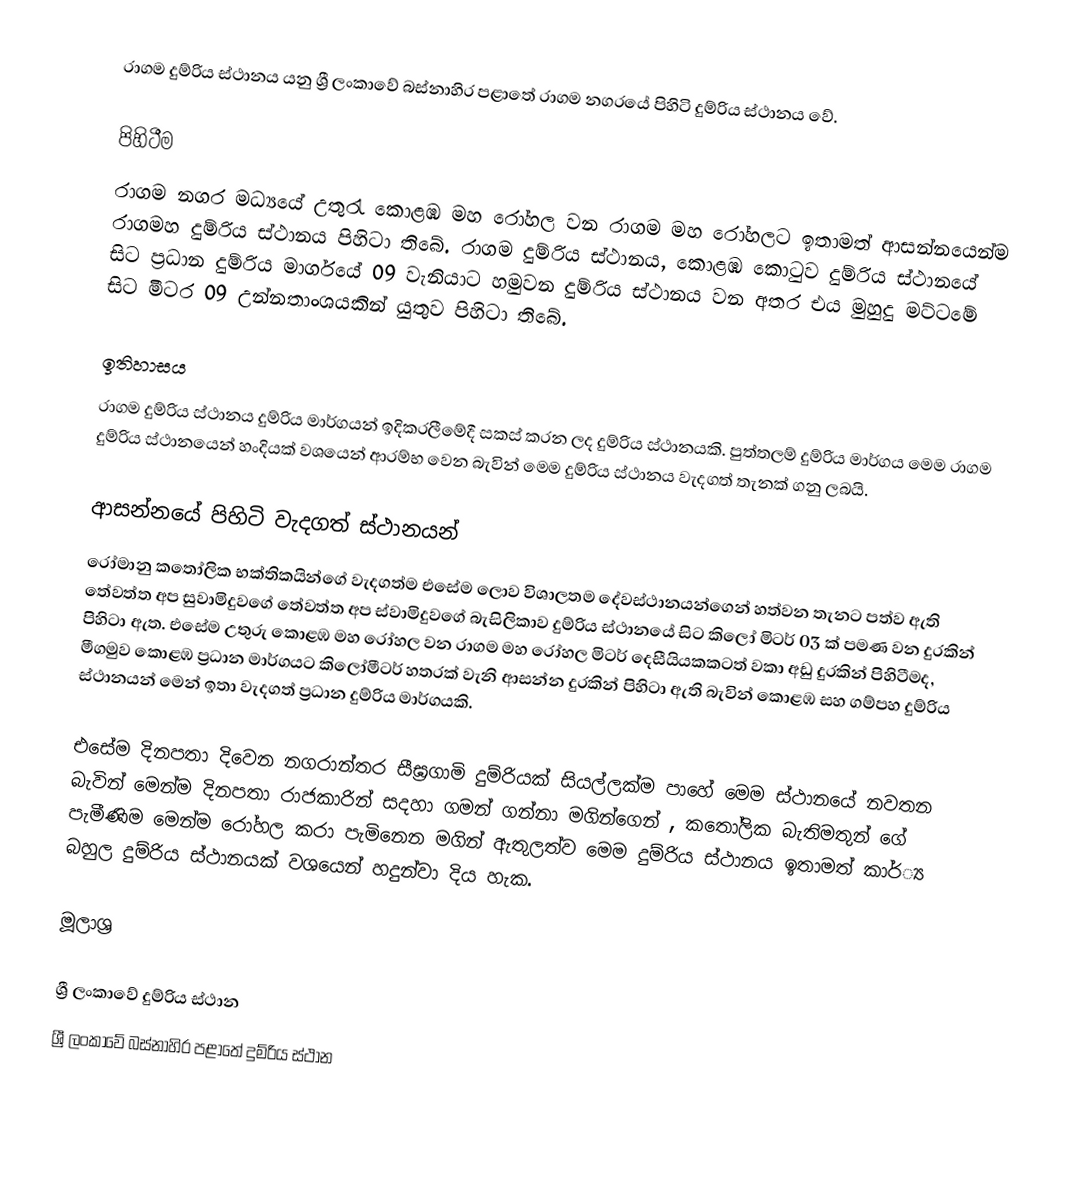
රාගම දුම්රිය ස්ථානය යනු ශ්‍රී ලංකාවේ බස්නාහිර පළාතේ රාගම නගරයේ පිහිටි දුම්රිය ස්ථානය වේ.

පිහිටීම
රාගම නගර මධ්‍යයේ උතුරැ කොළඹ මහ රෝහල වන රාගම මහ රෝහලට ඉතාමත්  ආසන්නයෙන්ම රාගමහ දුම්රිය ස්ථානය පිහිටා තිබේ. රාගම දුම්රිය ස්ථානය, කොළඹ කොටුව දුම්රිය ස්ථානයේ සිට ප්‍රධාන දුම්රිය මාර්ගයේ 09 වැනියාට හමුවන දුම්රිය ස්ථානය වන අතර එය මුහුදු මට්ටමේ සිට මීටර 09  උන්නතාංශයකින් යුතුව පිහිටා තිබේ.

ඉතිහාසය
රාගම  දුම්රිය ස්ථානය දුම්රිය මාර්ගයන් ඉදිකරලීමේදී සකස් කරන ලද දුම්රිය ස්ථානයකි. පුත්තලම් දුම්රිය මාර්ගය මෙම රාගම දුම්රිය ස්ථානයෙන් හංදියක් වශයෙන් ආරම්භ වෙන බැවින් මෙම දුම්රිය ස්ථානය වැදගත් තැනක් ගනු ලබයි.

ආසන්නයේ පිහිටි වැදගත් ස්ථානයන්
රෝමානු කතෝලික භක්තිකයින්ගේ වැදගත්ම එසේම ලොව විශාලතම දේවස්ථානයන්ගෙන් හත්වන තැනට පත්ව ඇති තේවත්ත අප සුවාමිදුවගේ තේවත්ත අප ස්වාමිදුවගේ බැසිලිකාව දුම්රිය ස්ථානයේ සිට කිලෝ මිටර් 03 ක් පමණ වන දුරකින් පිහිටා ඇත. එසේම උතුරු කොළඹ මහ රෝහල වන  රාගම මහ රෝහල මිටර් දෙසීයියකකටත් වකා අඩු දුරකින් පිහිටීමද, මීගමුව කොළඹ ප්‍රධාන මාර්ගයට කිලෝමීටර් හතරක් වැනි ආසන්න දුරකින් පිහිටා ඇති බැවින් කොළඹ සහ ගම්පහ දුම්රිය ස්ථානයන් මෙන් ඉතා වැදගත් ප්‍රධාන දුම්රිය මාර්ගයකි.

එසේම දිනපතා දිවෙන නගරාන්තර සීඝ්‍රගාමි දුම්රියක් සියල්ලක්ම පාහේ මෙම ස්ථානයේ නවතන බැවින් මෙන්ම දිනපතා රාජකාරින් සදහා ගමන් ගන්නා මගින්ගෙන් , කතෝලික බැතිමතුන් ගේ පැමීණිම මෙන්ම රෝහල කරා පැමිනෙන මගින් ඇතුලත්ව මෙම දුම්රිය ස්ථානය ඉතාමත් කාර්්‍ය බහුල දුම්රිය ස්ථානයක් වශයෙන් හදුන්වා දිය හැක.

මූලාශ්‍ර

ශ්‍රී ලංකාවේ දුම්රිය ස්ථාන
ශ්‍රී ලංකාවේ බස්නාහිර පළාතේ දුම්රිය ස්ථාන